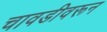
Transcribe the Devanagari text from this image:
चावडीवरून